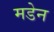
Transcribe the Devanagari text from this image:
मडेन